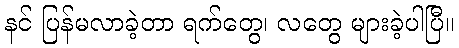
နင် ပြန်မလာခဲ့တာ ရက်တွေ၊ လတွေ များခဲ့ပါပြီ။